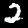
Label: 2